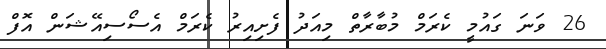
26 ވަނަ ގައުމީ ކެރަމް މުބާރާތް މިއަދު ފެށިއިރު ކެރަމް އެސޯސިއޭޝަން އޮފް